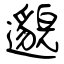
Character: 邈